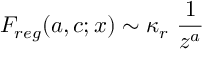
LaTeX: F _ { r e g } ( a , c ; x ) \sim \kappa _ { r } \ { \frac { 1 } { z ^ { a } } }